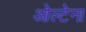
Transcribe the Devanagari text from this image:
ओल्टेना